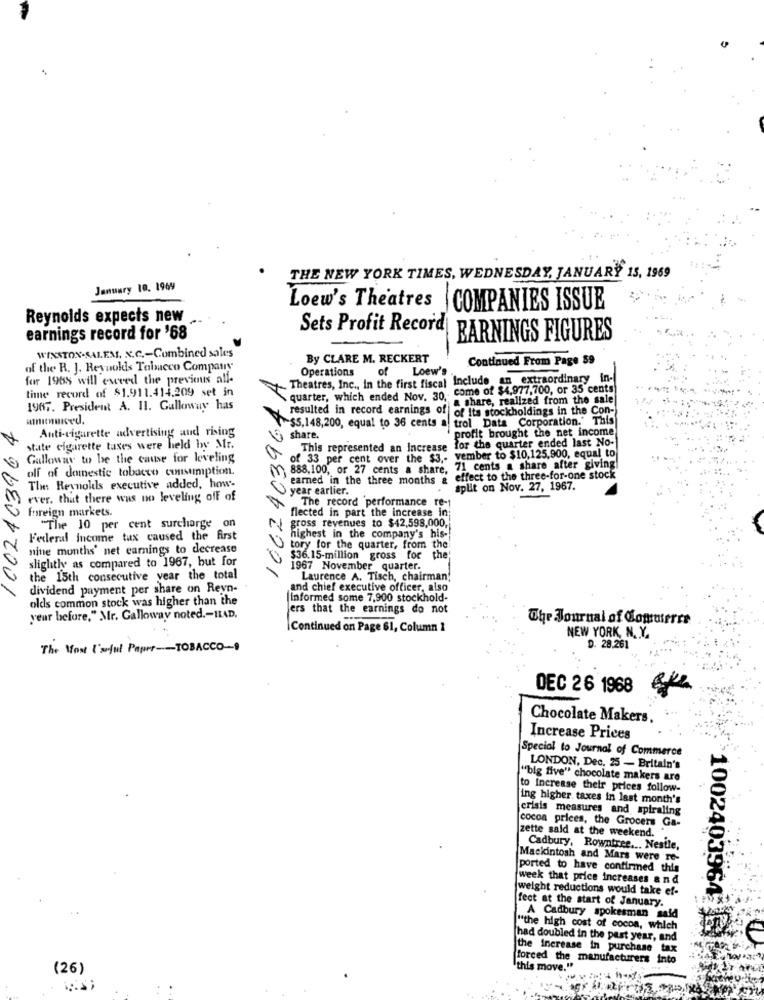
THE NEW YORK TIMES, WEDNESDAY, JANUARY 15, 1969
January 10. 1969
Loew's Theatres
COMPANIES ISSUE
Reynolds expects new
Sets Profit Record
earnings record for '68
EARNINGS FIGURES
WINSTON-SALEM. x.C .- Combined sales
By CLARE M. RECKERT
Continued From Page 59
of the R. J. Reynolds Tobacco Company
Operations
of
Loew's
for 1955 will exceed the previous all-
Theatres, Inc ., In the first fiscal Include an extraordinary in-
time record of $1.911.414,209 set in
come of $4,977,700, or 35 cents
1662403964
quarter, which ended Nov. 30
a share, realized from the sale
1967. President A. II. Galloway has
resulted in record earnings of
of Its stockholdings in the Con-
1002403964
trol Data Corporation." 1
Anti-cigarette advertising and rising
~$5.148,200, equal to 36 cents a!
profit brought the net income
share.
for the quarter ended last No-
state cigarette taxes were held by Mr.
This represented an Increase
Galloway to be the cause for leveling
of 33 per cent over the $3 ,- vember to $10,125,900, equal to
888,100, or 27 cents a share, 71 cents a share after giving
olf of domestic tobacco consumption.
earned in the three months &
effect to the three-for-one stock
The Reynolds executive added, how-
year earlier.
split on Nov. 27, 1967.
ever. that there was no leveling off of
The record performance
foreign markets.
flected in part the increase in;
"The 10 per cent surcharge on
gross revenues to $42,598,000,
Federal Income tax caused the first
highest in the company's his-
nine months' net earnings to decrease
tory for the quarter, from the
slightly as compared to 1967, but for
$36.15-million gross for th
1967 November quarter.
the 15th consecutive year the total
Laurence A. Tisch, chairman'
dividend payment per share on Reyn-
and chief executive officer, also
olds common stock was higher than the
informed some 7,900 stockhold-
ers that the earnings do not
year before," Mr. Galloway noted .- HLAD.
The Journal of Commerce
Continued on Page 61, Column 1
NEW YORK, N. Y.
The Most I'mjul Paper -- TOBACCO -!
D. 28.261
DEC 26 1968
Chocolate Makers.
Increase Prices
Special to Journal of Commerce
LONDON, Dec. 25 - Britain's
"big five" chocolate makers are
to increase their prices follow-
ing higher taxes in last month's
crisis measures and spiraling
cocoa prices, the Grocers Ga-
zette sald at the weekend.
Cadbury, Rowntree ... Nestle,
Mackintosh and Mars were re-
ported to have confirmed this
week that price increases a nd
weight reductions would take ef-
fect at the start of January.
1002403964
A Cadbury spokesman said
"the high cost of cocoa, which
[had doubled in the past year, and
the increase in purchase tax
forced the manufacturers
Into
(26)
'this move."